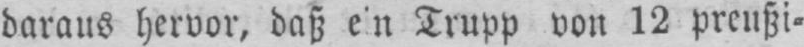
daraus hervor, daß ein Trupp von 12 preußi⸗